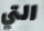
التي